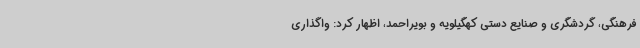
فرهنگی، گردشگری و صنایع دستی کهگیلویه و بویراحمد، اظهار کرد: واگذاری